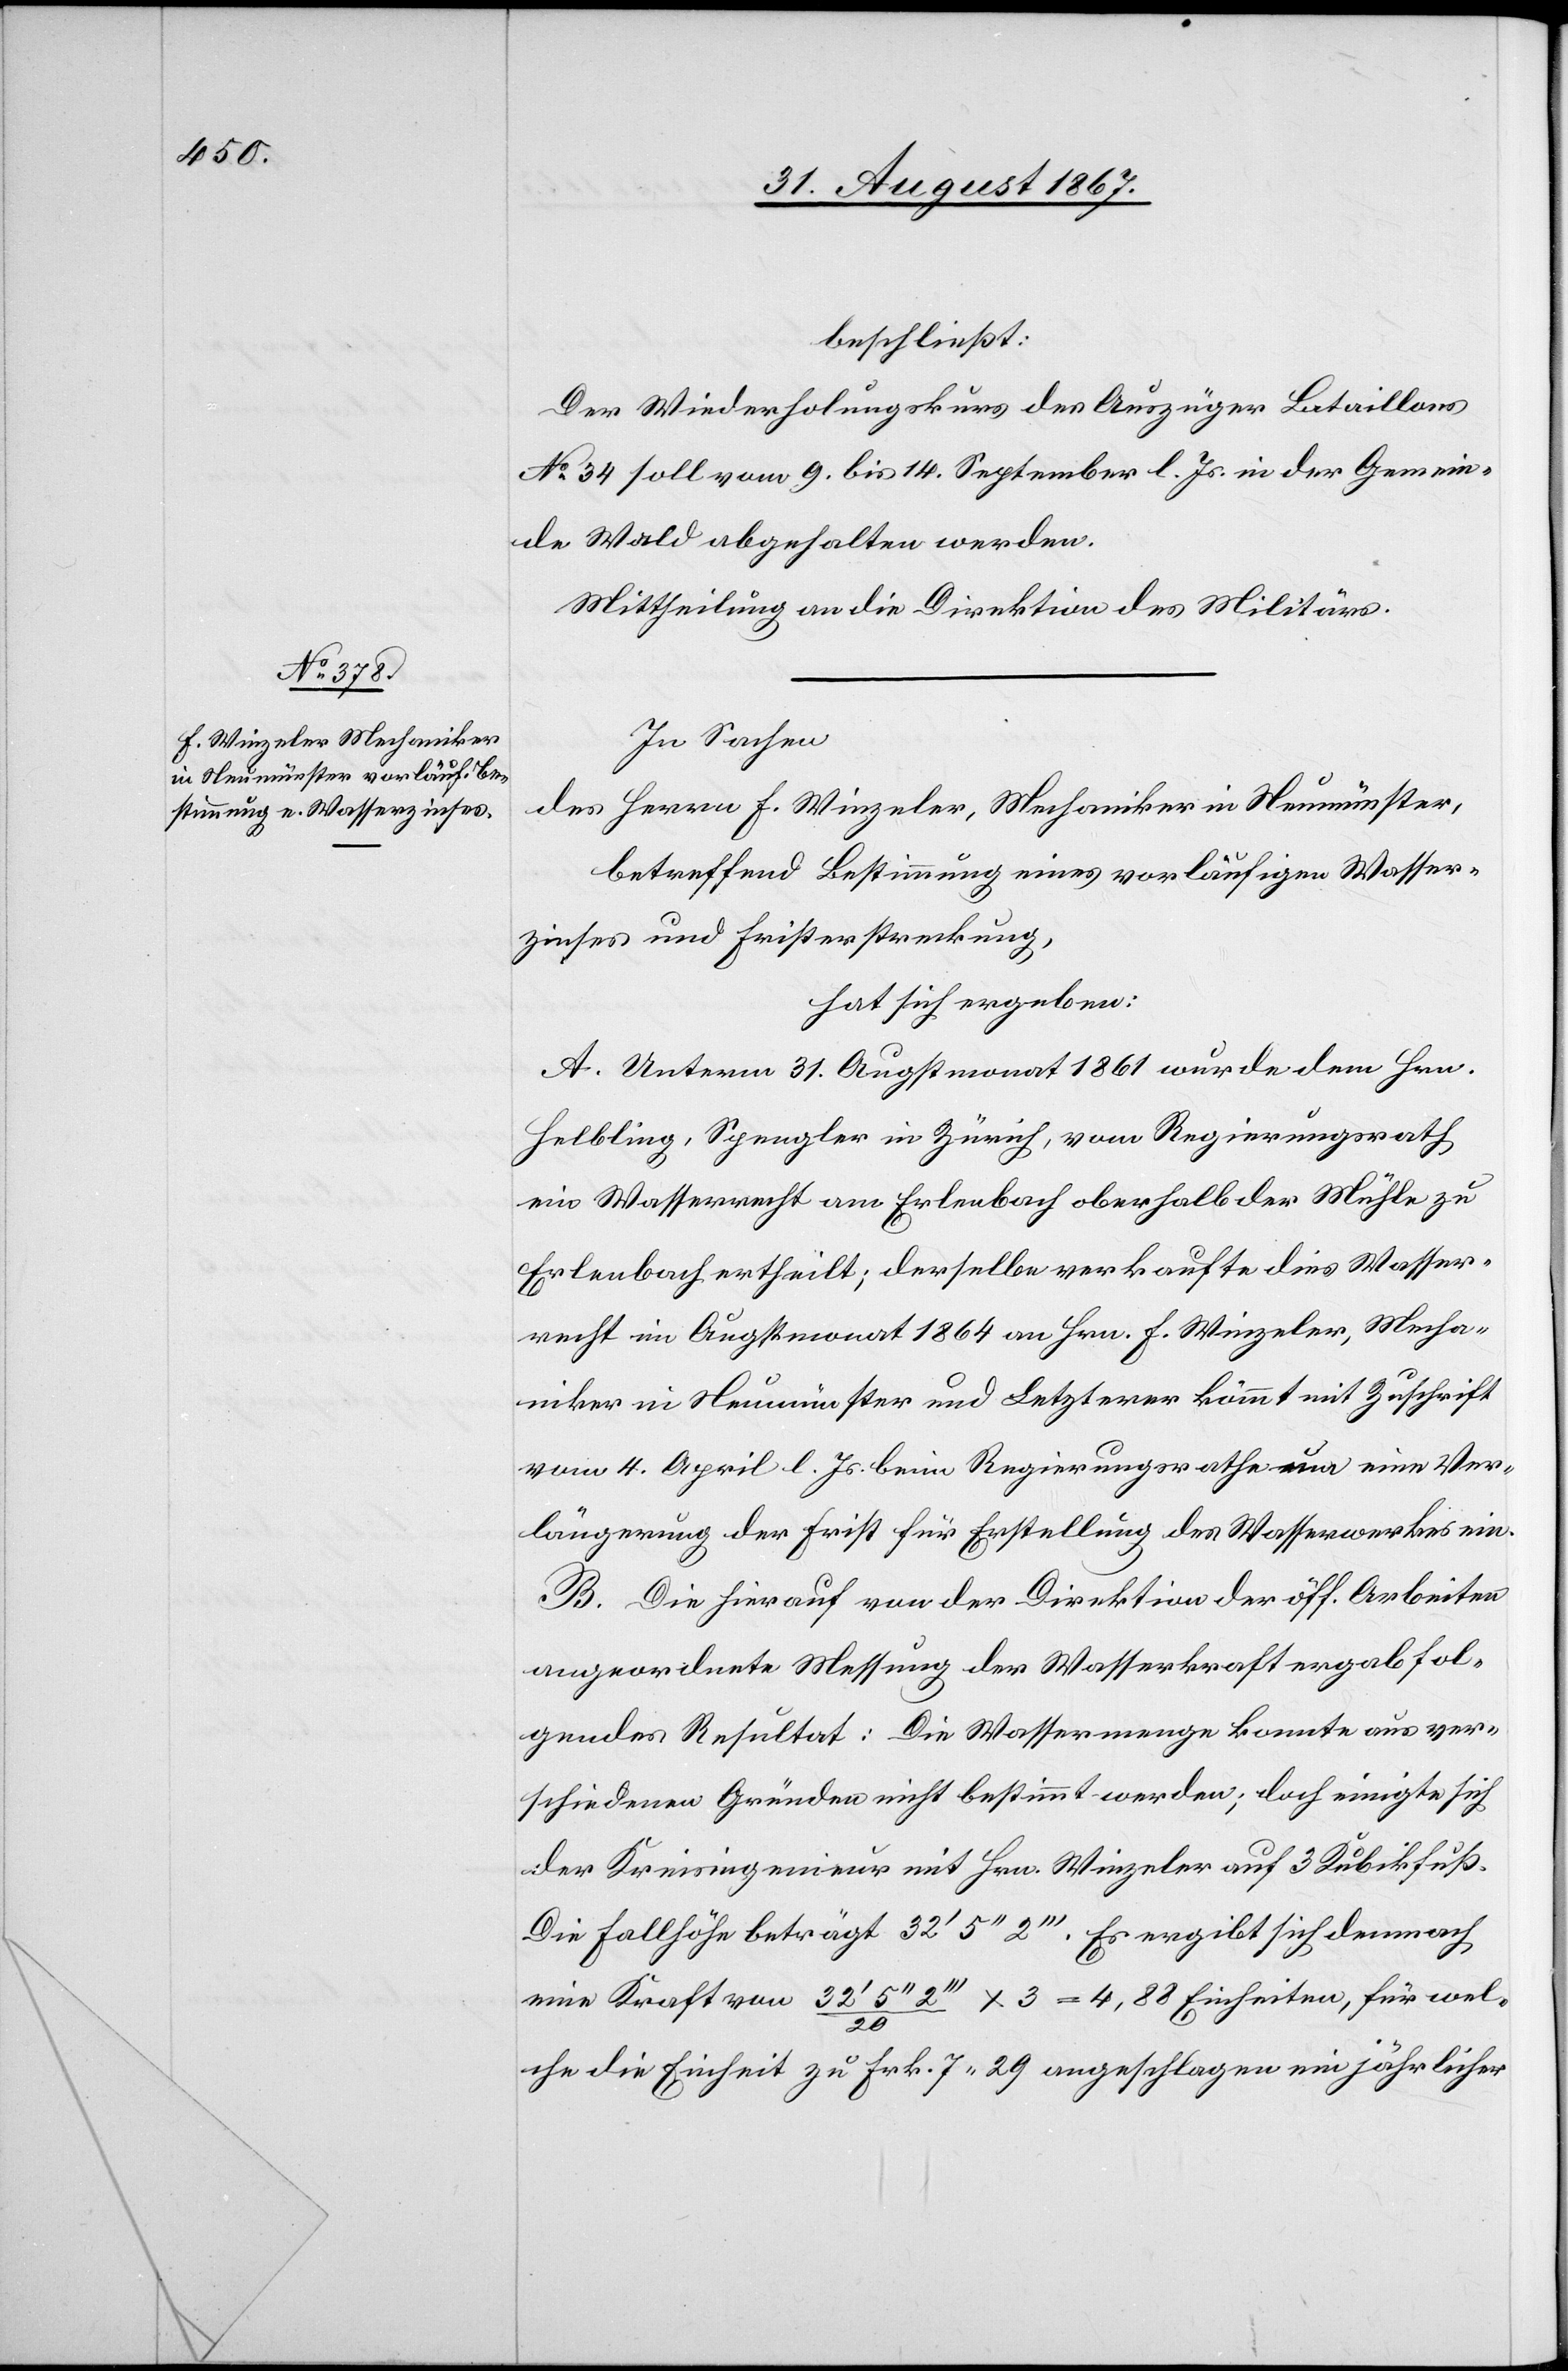
beschließt:
Der Wiederholungskurs des Auszüger Bataillons
N. 34 soll vom 9. bis 14. September l. Js. in der Gemein¬
de Wald abgehalten werden.
Mittheilung an die Direktion des Militärs.
In Sachen
des Herren F. Winzeler, Mechaniker in Neumünster,
betreffend Bestimmung eines vorläufigen Wasser¬
zinses und Fristerstreckung,
hat sich ergeben:
A. Unterm 31. Augstmonat 1861 wurde dem Hrn.
Helbling, Spengler in Zürich, vom Regierungsrath
ein Wasserrecht am Erlenbach oberhalb der Mühle zu
Erlenbach ertheilt; derselbe verkaufte dies Wasser¬
recht im Augstmonat 1864 an Hrn. F. Winzler, Mecha¬
niker in Neumünster und Letzterer kömmt mit Zuschrift
vom 4. April l. Js. beim Regierungsrath um eine Ver¬
längerung der Frist für Erstellung des Wasserwerkes ein.
B. Die hierauf von der Direktion der öff. Arbeiten
angeordnete Messung der Wasserkraft ergab fol¬
gendes Resultat: Die Wassermenge konnte aus ver¬
schiedenen Gründen nicht bestimmt werden; doch einigte sich
der Kreisingenieur mit Hrn. Winzeler auf 3 Kubikfuß.
Da Fallhöhe beträgt 32‘ 5‘‘ 2‘‘‘. Es ergibt sich demnach
eine Kraft von 32‘ 5‘‘ 2‘‘‘/20 = 4,38 Einheiten, für wel¬
che die Einheit zu Frk. 7.29 angeschlagen ein jährlicher